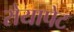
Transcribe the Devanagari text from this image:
रोयापेट